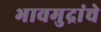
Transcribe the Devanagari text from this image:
भावमुद्रांचे